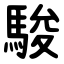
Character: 駿